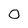
Character: 0